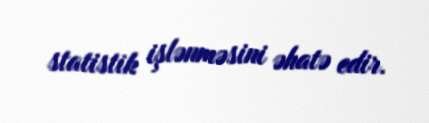
statistik işlənməsini əhatə edir.